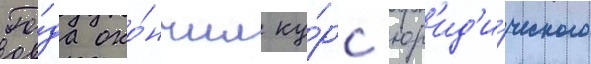
Го́да око́нчил ку́рс юр'ид'и́ческого